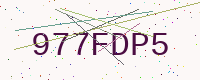
Text: 977FDP5